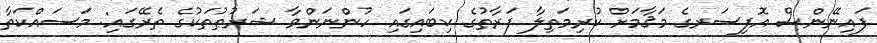
ފައިނޭންސް އޮފިސަރގެ މަޤާމަށް ކުރިމަތިލާ ފަރާތުގެ ކިބައިގައި ހުންނަންވާ ޝަރުޠުތަކުގެ ތެރޭގައި: މަސައްކަތާ